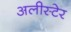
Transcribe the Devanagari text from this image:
अलीस्टेर